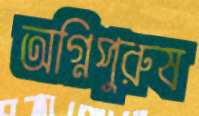
অগ্নিপুরুষ